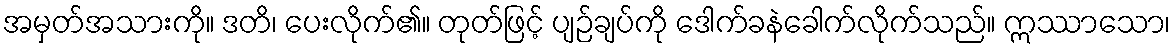
အမှတ်အသားကို။ ဒတိ၊ ပေးလိုက်၏။ တုတ်ဖြင့် ပျဉ်ချပ်ကို ဒေါက်ခနဲခေါက်လိုက်သည်။ ဣဿာသော၊